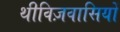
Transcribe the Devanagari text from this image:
थीविज़वासियों